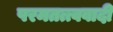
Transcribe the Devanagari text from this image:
परमतत्त्ववादी